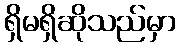
ရှိမရှိဆိုသည်မှာ